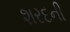
શરદની